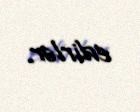
edirlər.